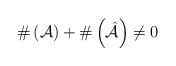
LaTeX: \begin{align*}\#\left( \mathcal{A}\right) +\#\left( {\hat{\mathcal{A}}}\right) \not=0 \end{align*}